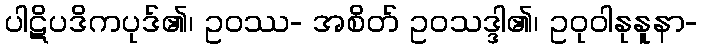
ပါဋိပဒိကပုဒ်၏၊ ဥဝဿ- အစိတ် ဥဝသဒ္ဒါ၏၊ ဥဝုဝါနုနူနာ-